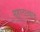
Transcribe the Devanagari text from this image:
महानाट्याचे